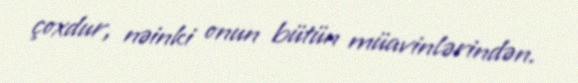
çoxdur, nəinki onun bütün müavinlərindən.